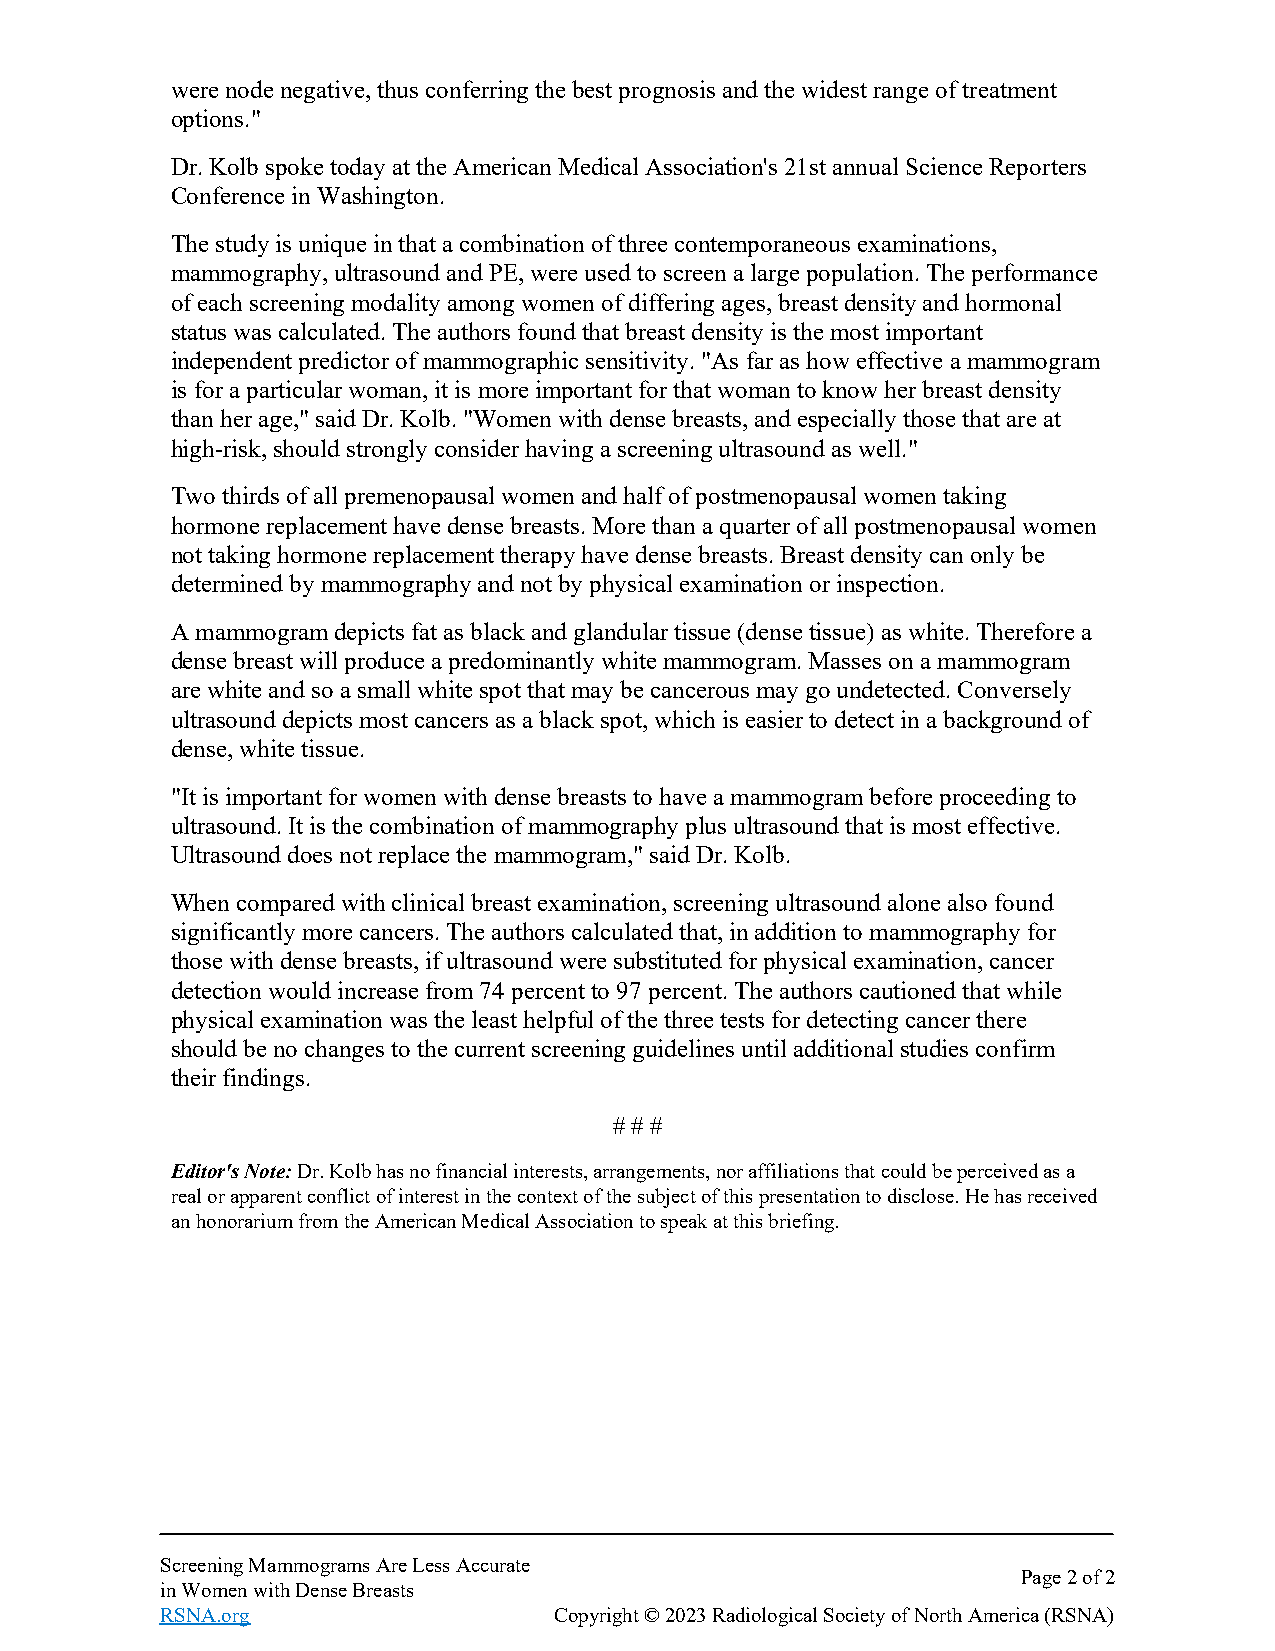
were node negative, thus conferring the best prognosis and the widest range of treatment
 options."
 Dr. Kolb spoke today at the American Medical Association's 21st annual Science Reporters
 Conference in Washington.
 The study is unique in that a combination of three contemporaneous examinations,
 mammography, ultrasound and PE, were used to screen a large population. The performance
 of each screening modality among women of differing ages, breast density and hormonal
 status was calculated. The authors found that breast density is the most important
 independent predictor of mammographic sensitivity. "As far as how effective a mammogram
 is for a particular woman, it is more important for that woman to know her breast density
 than her age," said Dr. Kolb. "Women with dense breasts, and especially those that are at
 high-risk, should strongly consider having a screening ultrasound as well."
 Two thirds of all premenopausal women and half of postmenopausal women taking
 hormone replacement have dense breasts. More than a quarter of all postmenopausal women
 not taking hormone replacement therapy have dense breasts. Breast density can only be
 determined by mammography and not by physical examination or inspection.
 A mammogram depicts fat as black and glandular tissue (dense tissue) as white. Therefore a
 dense breast will produce a predominantly white mammogram. Masses on a mammogram
 are white and so a small white spot that may be cancerous may go undetected. Conversely
 ultrasound depicts most cancers as a black spot, which is easier to detect in a background of
 dense, white tissue.
 "It is important for women with dense breasts to have a mammogram before proceeding to
 ultrasound. It is the combination of mammography plus ultrasound that is most effective.
 Ultrasound does not replace the mammogram," said Dr. Kolb.
 When compared with clinical breast examination, screening ultrasound alone also found
 significantly more cancers. The authors calculated that, in addition to mammography for
 those with dense breasts, if ultrasound were substituted for physical examination, cancer
 detection would increase from 74 percent to 97 percent. The authors cautioned that while
 physical examination was the least helpful of the three tests for detecting cancer there
 should be no changes to the current screening guidelines until additional studies confirm
 their findings.
 # # #
 Editor's Note: Dr. Kolb has no financial interests, arrangements, nor affiliations that could be perceived as a
 real or apparent conflict of interest in the context of the subject of this presentation to disclose. He has received
 an honorarium from the American Medical Association to speak at this briefing.
 Screening Mammograms Are Less Accurate
 Page 2 of 2
 in Women with Dense Breasts
 RSNA.org                  Copyright © 2023 Radiological Society of North America (RSNA)